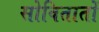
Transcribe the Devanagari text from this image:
सोवितातों